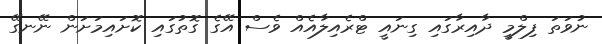
ނުވަތަ ފިލްމީ ދާއިރާގައި ގިނައީ ޓްރެއިލާއެއް ވެސް އޭގެ ގޮތުގައި ކޮށައިމަށަން ނޭނގޭ